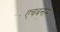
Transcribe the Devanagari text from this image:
एचबनाम